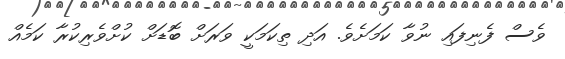
ވެސް ފެނިފައި ނުވާ ކަމަށެވެ. އަދި ތިކަމަކީ ވަރަށް ބޮޑަށް ކުށްވެރިކުރާ ކަމެއް